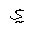
Letter: _ya